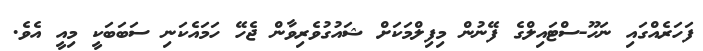
ފަހަރެއްގައި ނަހޫ-ސްޓައިލްގެ ފޭނުން މިފިލްމަކަށް ޝައުގުވެރިވާން ޖެހޭ ހަމައެކަނި ސަބަބަކީ މިއީ އެވެ.